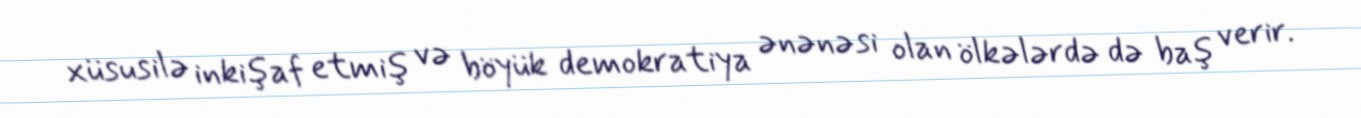
xüsusilə inkişaf etmiş və böyük demokratiya ənənəsi olan ölkələrdə də baş verir.